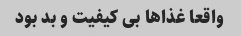
واقعا غذاها بى کیفیت و بد بود